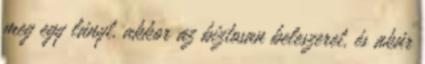
meg egy lányt, akkor az biztosan beleszeret, és akár